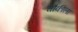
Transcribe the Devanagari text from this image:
चौकीला